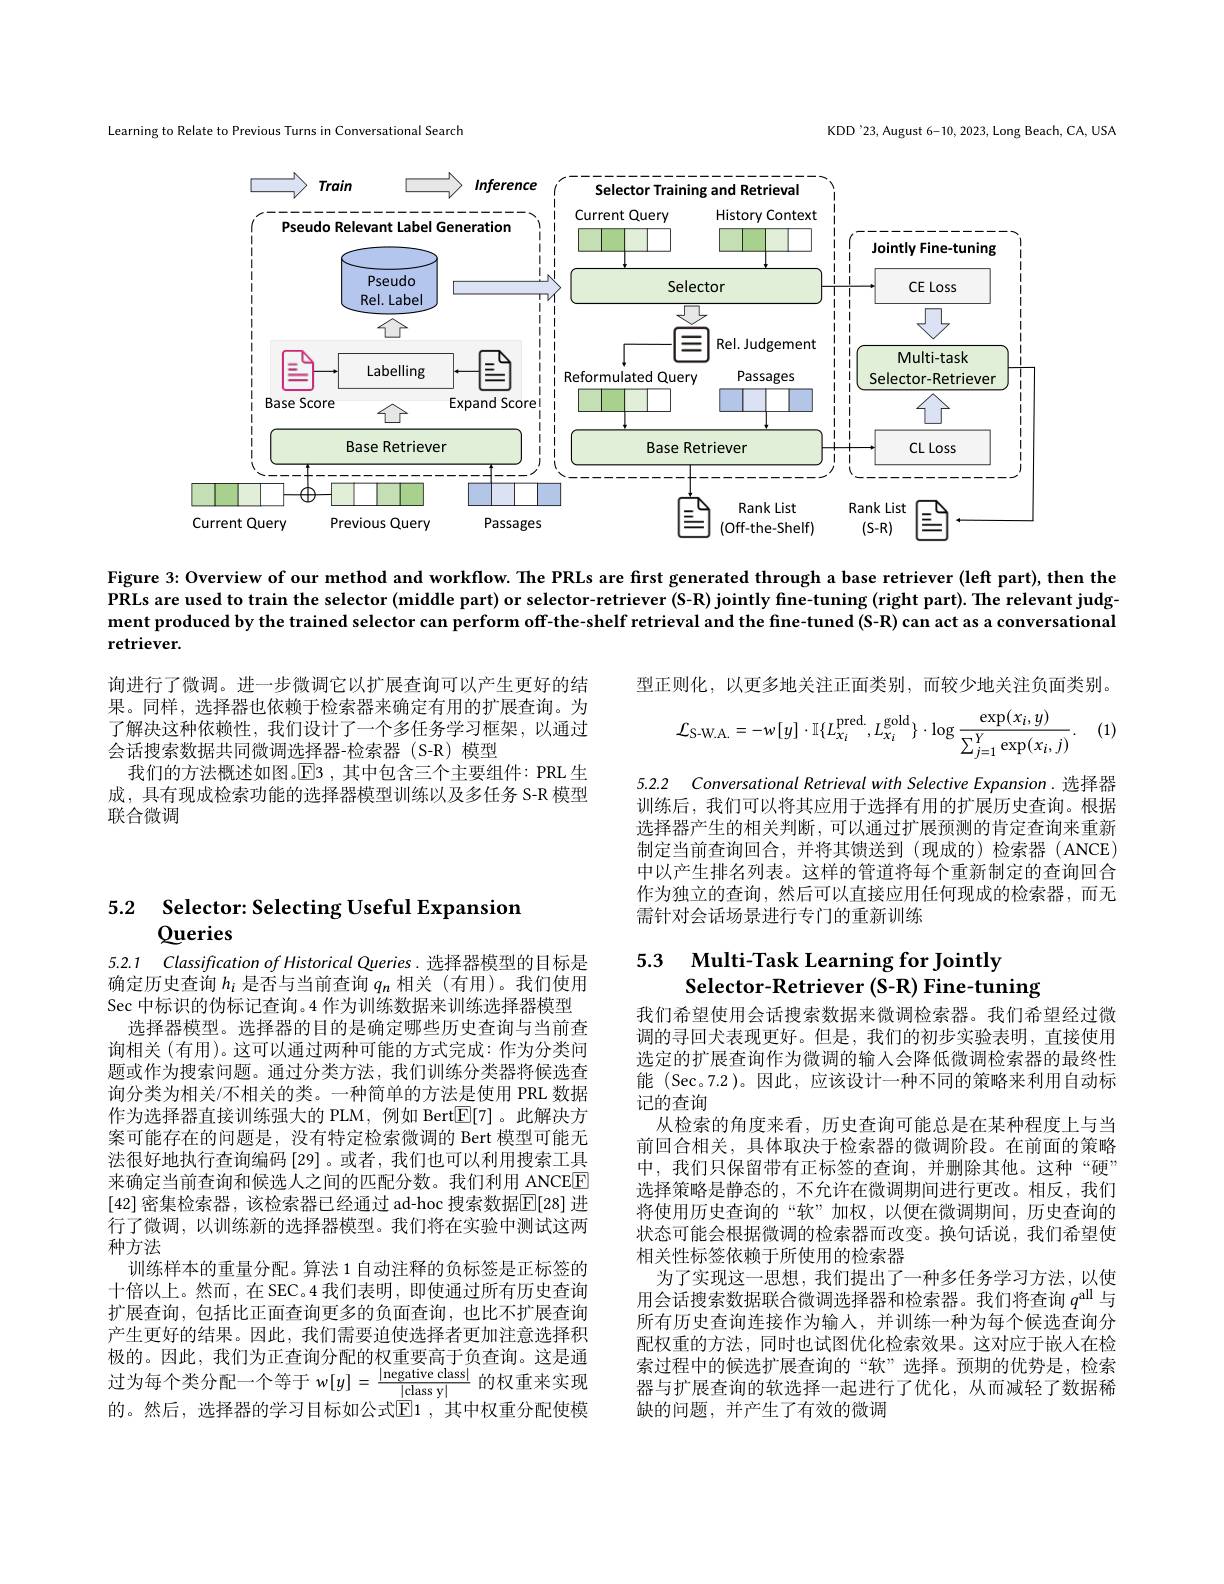
Learning to Relate to Previous Turns in Conversational Search

KDD'23, August 6-10, 2023, Long Beach, CA, USA

<FigureHere>

Figure 3: Overview of our method and workflow. The PRLs are first generated through a base retriever (leff part), then the PRLs are used to train the selector (middle part) or selector-retriever (S-R) jointly fine-tuning (right part). The relevant judg ment produced by the trained selector can perform off-the-shelf retrieval and the fine-tuned (S-R) can act as a conversational

retriever.

型正则化，以更多地关注正面类别，而较少地关注负面类别。

(1)
$$\mathcal{L}_{\mathrm{S-W.A.}}=-w[y]\cdot\mathbb{I}\{L_{x_{i}}^{\mathrm{pred.}},L_{x_{i}}^{\mathrm{gold}}\}\cdot\log\frac{\exp(x_{i},y)}{\sum_{j=1}^{Y}\exp(x_{i},j)}.$$
询进行了微调。进一步微调它以扩展查询可以产生更好的结果。同样，选择器也依赖于检索器来确定有用的扩展查询。为了解决这种依赖性，我们设计了一个多任务学习框架，以通过会话搜索数据共同微调选择器-检索器(S-R) 模型
我们的方法概述如图。$\mathbb{E}$3 ,其中包含三个主要组件：PRL 生成，具有现成检索功能的选择器模型训练以及多任务 S-R 模型联合微调

5.2.2 Conversational Retrieval with Selective Expansion. 选择器训练后，我们可以将其应用于选择有用的扩展历史查询。根据选择器产生的相关判断，可以通过扩展预测的肯定查询来重新制定当前查询回合，并将其馈送到(现成的)检索器(ANCE) 中以产生排名列表。这样的管道将每个重新制定的查询回合作为独立的查询，然后可以直接应用任何现成的检索器，而无需针对会话场景进行专门的重新训练

5.2 Selector: Selecting Useful Expansion
# Queries

## 5.3 Multi-Task Learning for Jointly Selector-Retriever (S-R) Fine-tuning

5.2.1 Classification of Historical Queries. 选择器模型的目标是确定历史查询$h_i$是否与当前查询$q_n$相关 (有用)。我们使用Sec 中标识的伪标记查询。4 作为训练数据来训练选择器模型
选择器模型。选择器的目的是确定哪些历史查询与当前查询相关 (有用)。这可以通过两种可能的方式完成：作为分类问题或作为搜索问题。通过分类方法，我们训练分类器将候选查询分类为相关/不相关的类。一种简单的方法是使用 PRL 数据作为选择器直接训练强大的 PLM,例如 Bert$\overline{\mathbb{E}}[7]$ 。此解决方案可能存在的问题是，没有特定检索微调的 Bert 模型可能无法很好地执行查询编码 [29]。或者，我们也可以利用搜索工具来确定当前查询和候选人之间的匹配分数。我们利用 ANCEE [42] 密集检索器 , 该检索器已经通过 ad-hoc 搜索数据$\mathbb{E}[28]$ 进行了微调，以训练新的选择器模型。我们将在实验中测试这两种方法
训练样本的重量分配。算法 1 自动注释的负标签是正标签的十倍以上。然而，在 SEC。4 我们表明，即使通过所有历史查询扩展查询，包括比正面查询更多的负面查询，也比不扩展查询产生更好的结果。因此，我们需要迫使选择者更加注意选择积极的。因此，我们为正查询分配的权重要高于负查询。这是通过为每个类分配一个等于$w[y]=\frac|\text{negative class}|{|\text{class y}|}$的权重来实现的。然后，选择器的学习目标如公式$\mathbb{E}$1 ,其中权重分配使模

我们希望使用会话搜索数据来微调检索器。我们希望经过微调的寻回犬表现更好。但是，我们的初步实验表明，直接使用选定的扩展查询作为微调的输入会降低微调检索器的最终性能 (Sec。7.2)。因此，应该设计一种不同的策略来利用自动标记的查询
从检索的角度来看，历史查询可能总是在某种程度上与当前回合相关，具体取决于检索器的微调阶段。在前面的策略中，我们只保留带有正标签的查询，并删除其他。这种“硬” 选择策略是静态的，不允许在微调期间进行更改。相反，我们将使用历史查询的“软”加权，以便在微调期间，历史查询的状态可能会根据微调的检索器而改变。换句话说，我们希望使相关性标签依赖于所使用的检索器
为了实现这一思想，我们提出了一种多任务学习方法，以使用会话搜索数据联合微调选择器和检索器。我们将查询$q^\mathrm{all}$与所有历史查询连接作为输人，并训练一种为每个候选查询分配权重的方法，同时也试图优化检索效果。这对应于嵌人在检索过程中的候选扩展查询的“软”选择。预期的优势是，检索器与扩展查询的软选择一起进行了优化，从而减轻了数据稀缺的问题，并产生了有效的微调